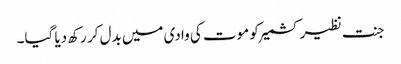
جنت نظیر کشمیر کو موت کی وادی میں بدل کر رکھ دیا گیا۔